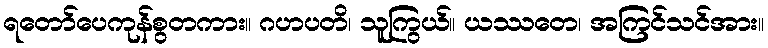
ရတော်ပေကုန်စွတကား။ ဂဟပတိ၊ သူကြွယ်။ ယဿတေ၊ အကြင်သင်အား။